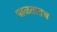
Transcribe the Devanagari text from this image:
पाळतातच